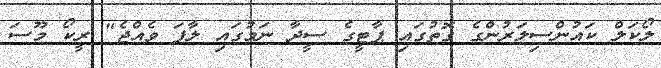
ލޯކަލް ކައުންސިލަރުންގެ ގޮތުގައި ޕާޓީގެ ސީދާ ނަމުގައި ލާފަ ވެއްޖެ" ރީކޯ މޫސަ